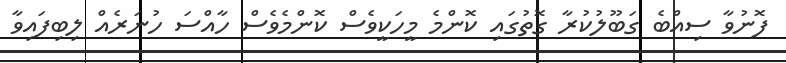
ފޮނުވާ ސިއްބެ ގަބޫލުކުރާ ގޮތުގައި ކޮންމެ މީހަކީވެސް ކޮންމެވެސް ހާއްސަ ހުނަރެއް ލިބިފައިވާ